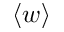
\langle { w } \rangle